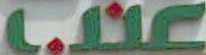
LME